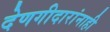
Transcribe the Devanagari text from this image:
देणगीदारांनाही